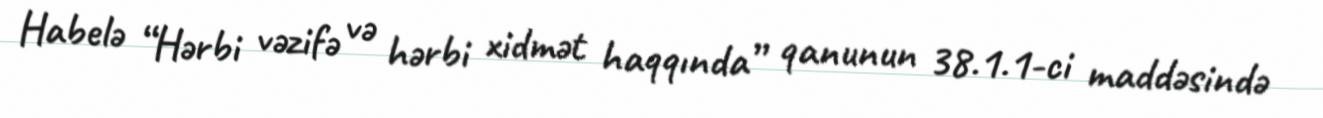
Habelə “Hərbi vəzifə və hərbi xidmət haqqında” qanunun 38.1.1-ci maddəsində